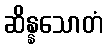
ဆိန္နသောတံ